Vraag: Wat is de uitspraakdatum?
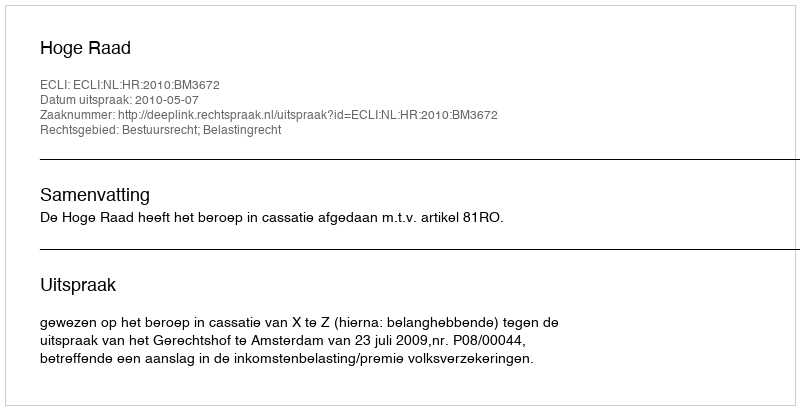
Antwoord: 2010-05-07